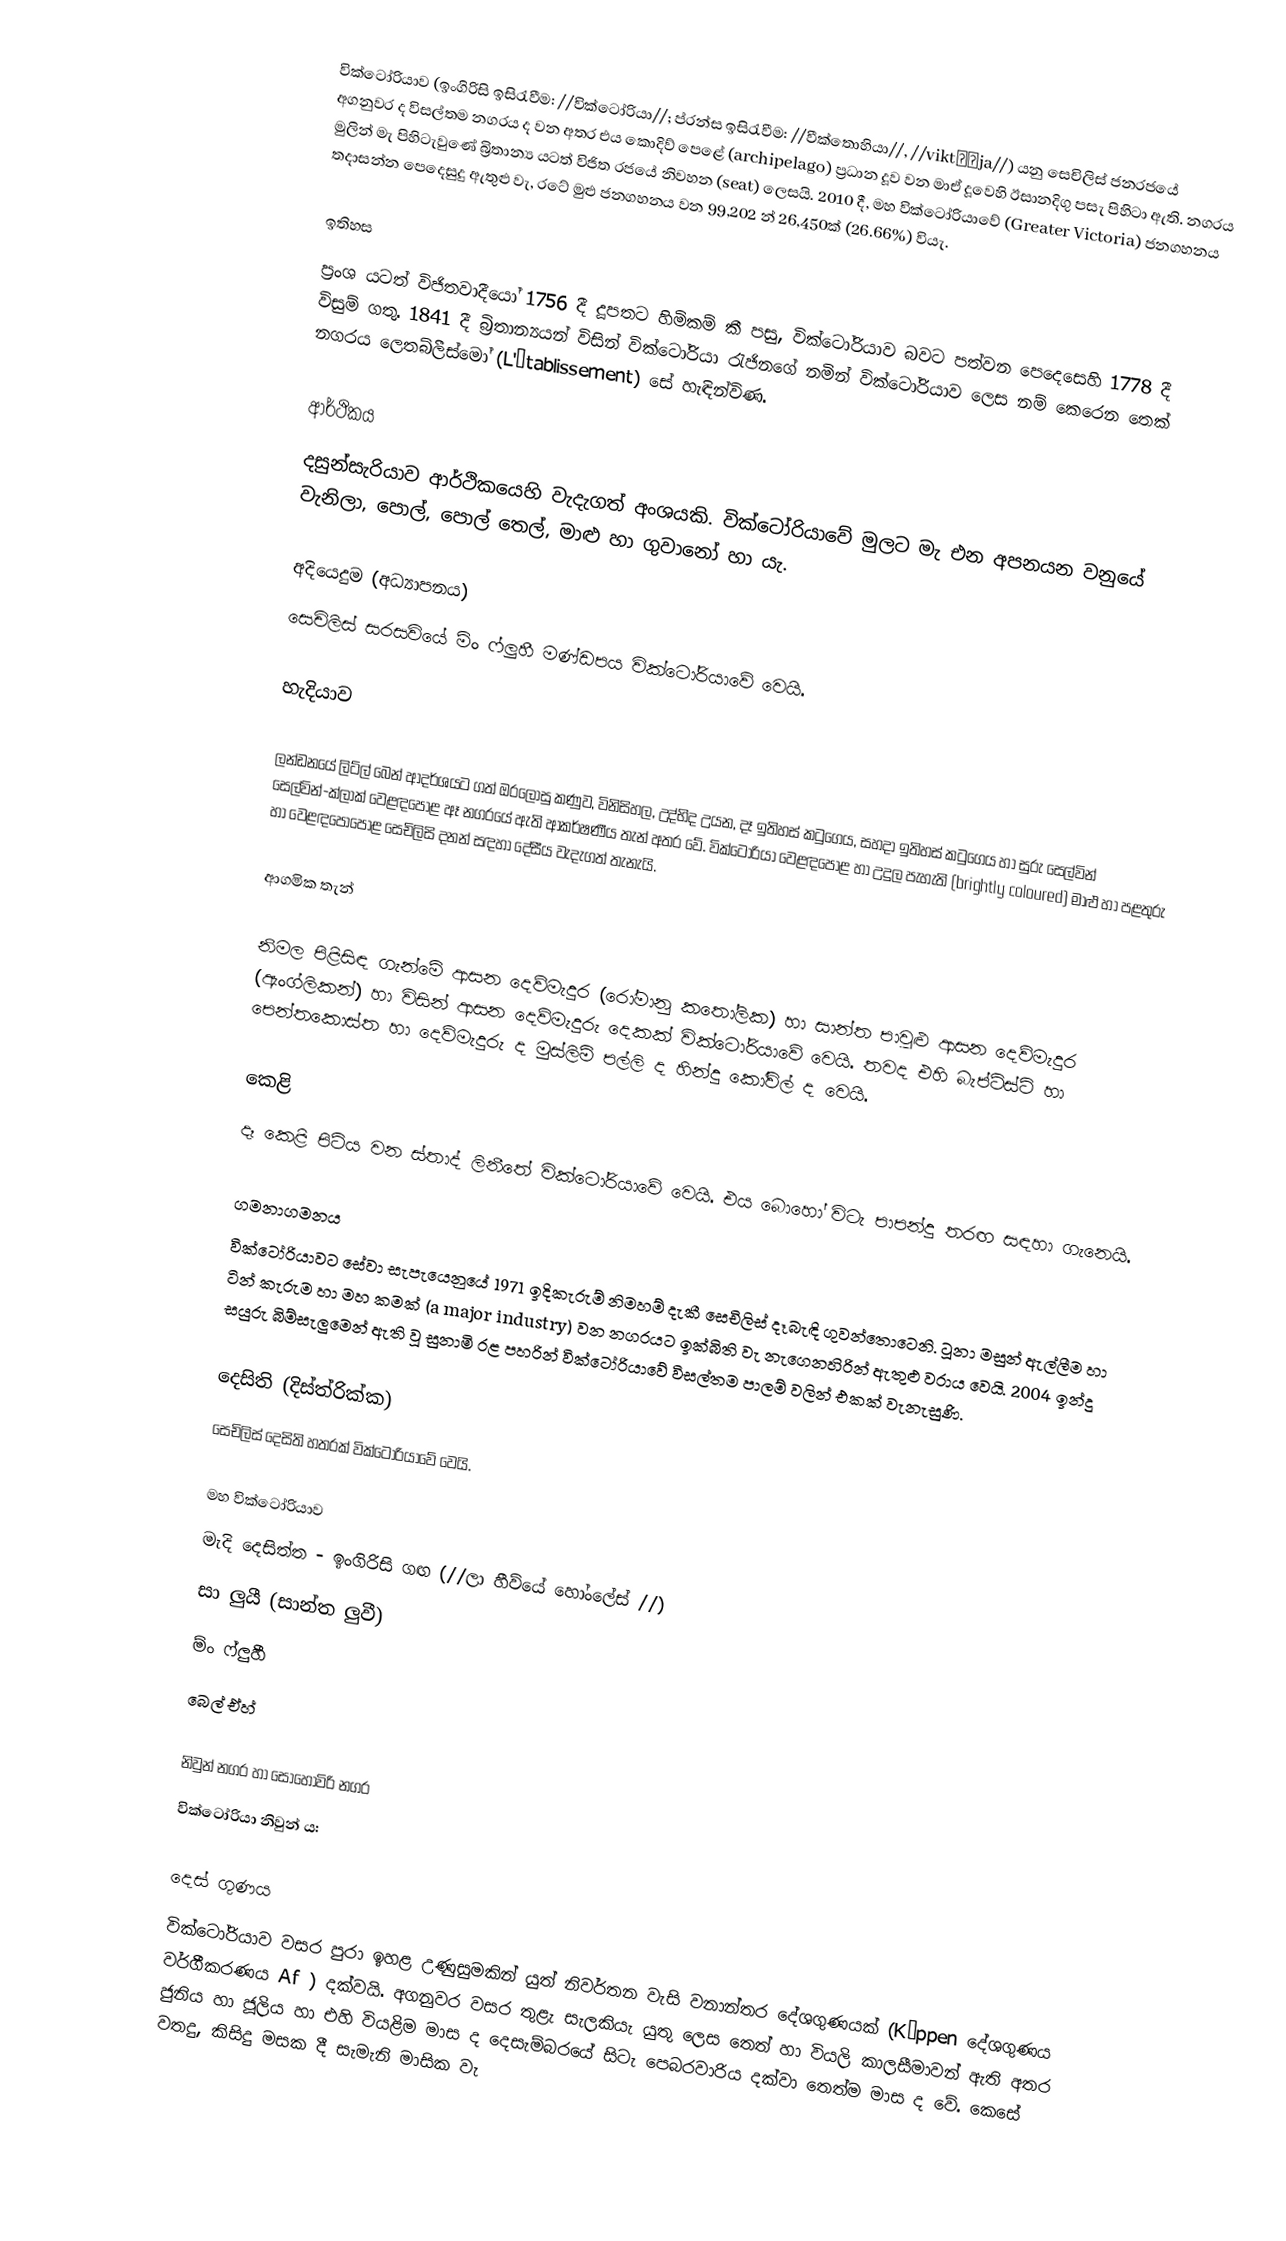
වික්ටෝරියාව (ඉංගිරිසි ඉසිරැවීම: //වික්ටෝරියා//; ප්රන්ස ඉසිරැවීම: //වීක්තොහියා//, //viktɔʁja//) යනු සෙචිලිස් ජනරජයේ අගනුවර ද විසල්තම නගරය ද වන අතර එය කොදිව් පෙළේ (archipelago) ප්‍රධාන දූව වන මාඒ දූවෙහි ඊසානදිගු පසැ පිහිටා ඇති. නගරය මුලින් මැ පිහිටැවුණේ බ්‍රිතාන්‍ය යටත් විජිත රජයේ නිවහන (seat) ලෙසයි. 2010 දී, මහ වික්ටෝරියාවේ (Greater Victoria) ජනගහනය තදාසන්න පෙදෙසුදු ඇතුළු වැ, රටේ මුළු ජනගහනය වන 99,202 න් 26,450ක් (26.66%) වියැ.

ඉතිහස
ප්‍රංශ යටත් විජිතවාදීයෝ 1756 දී දූපතට හිමිකම් කී පසු, වික්ටෝරියාව බවට පත්වන පෙදෙසෙහි 1778 දී විසුම් ගතු. 1841 දී බ්‍රිතාන්‍යයන් විසින් වික්ටෝරියා රැජිනගේ නමින් වික්ටෝරියාව ලෙස නම් කෙරෙන තෙක් නගරය ලෙතබ්ලීස්මෝ (L'Établissement) සේ හැඳින්විණ.

ආර්ථිකය
දසුන්සැරියාව ආර්ථිකයෙහි වැදැගත් අංශයකි. වික්ටෝරියාවේ මුලට මැ එන අපනයන වනුයේ වැනිලා, පොල්, පොල් තෙල්, මාළු හා ගුවානෝ හා යැ.

අදියෙදුම (අධ්‍යාපනය)
සෙචිලිස් සරසවියේ ම්ං ෆ්ලුහී මණ්ඩපය වික්ටෝරියාවේ වෙයි.

හැදියාව

ලන්ඩනයේ ලිට්ල් බෙන් ආදර්ශයට ගත් ඔරලෝසු කණුව,   විනිසිහල, උද්භිද උයන, දෑ ඉතිහස් කටුගෙය, සහදා ඉතිහස් කටුගෙය හා සුරු සෙල්වින් සෙල්වින්-ක්ලාක් වෙළඳපොළ ඈ නගරයේ ඇති ආකර්ෂණීය තැන් අතර වේ.  වික්ටෝරියා වෙළඳපොළ හා උදුල පැහැති (brightly coloured) මාළු හා පළතුරු හා වෙළඳපොපොළ සෙචිලිසි දනන් සඳහා දේසීය වැදැගත් තැනැයි.

ආගමික තැන්

නිමල පිළිසිඳ ගැන්මේ ආසන දෙව්මැදුර (රෝමානු කතෝලික) හා සාන්ත පාවුළු ආසන දෙව්මැදුර (ඇංග්ලිකන්) හා විසින් ආසන දෙව්මැදුරු දෙකක් වික්ටෝරියාවේ වෙයි.  තවද එහි බැප්ටිස්ට් හා පෙන්තකොස්ත හා දෙව්මැදුරු ද  මුස්ලිම් පල්ලි ද හින්දු කෝවිල් ද වෙයි.

කෙළි
දෑ කෙළි පිටිය වන ස්තාද් ලිනීතේ වික්ටෝරියාවේ වෙයි. එය බොහෝ විටැ පාපන්දු තරඟ සඳහා ගැනෙයි.

ගමනාගමනය
වික්ටෝරියාවට සේවා සැපැයෙනුයේ 1971 ඉදිකැරුම් නිමහම් දැකී සෙචිලිස් දෑබැඳි ගුවන්තොටෙනි.  ටූනා මසුන් ඇල්ලීම හා ටින් කැරුම හා මහ කමක් (a major industry) වන නගරයට ඉක්බිති වැ නැගෙනහිරින් ඇතුළු වරාය වෙයි.  2004 ඉන්දු සයුරු බිම්සැලුමෙන් ඇති වූ සුනාමි රළ පහරින් වික්ටෝරියාවේ විසල්තම පාලම් වලින් එකක් වැනැසුණි.

දෙසිති (දිස්ත්රික්ක)
සෙචිලිස් දෙසිති හතරක් වික්ටෝරියාවේ වෙයි.

 මහ වික්ටෝරියාව
 මැදි දෙසිත්ත - ඉංගිරිසි ගඟ (//ලා හීව්යේ හෝංලේස් //)
 සා ලුයී (සාන්ත ලුවී)
 ම්ං ෆ්ලුහී
 බෙල් ඒහ්

නිවුන් නගර හා සොහොවිරි නගර
වික්ටෝරියා නිවුන් ය:

දෙස් ගුණය
වික්ටෝරියාව වසර පුරා ඉහළ උණුසුමකින් යුත් නිවර්තන වැසි වනාන්තර දේශගුණයක් (Köppen දේශගුණය වර්ගීකරණය Af ) දක්වයි. අගනුවර වසර තුළැ සැලකියැ යුතු ලෙස තෙත් හා වියලි කාලසීමාවන් ඇති අතර ජුනිය හා ජූලිය හා එහි වියළිම මාස ද දෙසැම්බරයේ සිටැ පෙබරවාරිය දක්වා තෙත්ම මාස ද වේ. කෙසේ වතදු, කිසිදු මසක දී සැමැනි මාසික වැ